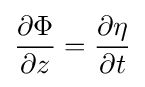
{\frac {\partial \Phi }{\partial z}}={\frac {\partial \eta }{\partial t}}